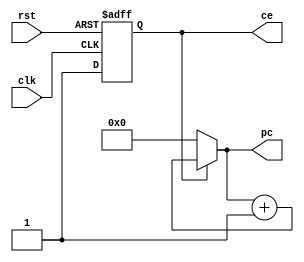
/* XO}AbCCLOCKO}W */
module pc_reg(clk, rst, pc, ce);

	input wire 			clk; /* T */
	input wire 			rst; /* ]T */
	output reg [5:0]	pc;  /* nO} */
	output reg			ce;  /* OOT */
	
	/* bTWto */
	always @(posedge clk or negedge rst)
		begin
			/* rstoBAOOThL */
			if(!rst)
				ce <= 1'b0;
			else
				ce <= 1'b1;
		end
		
	always @(clk)
		begin
			if(ce == 1'b0)
				pc <= 6'o00;
			else
				pc <= pc + 1'b1;
		end
		
endmodule